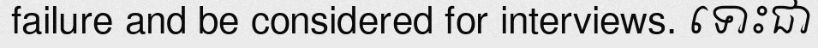
failure and be considered for interviews. ទោះជា